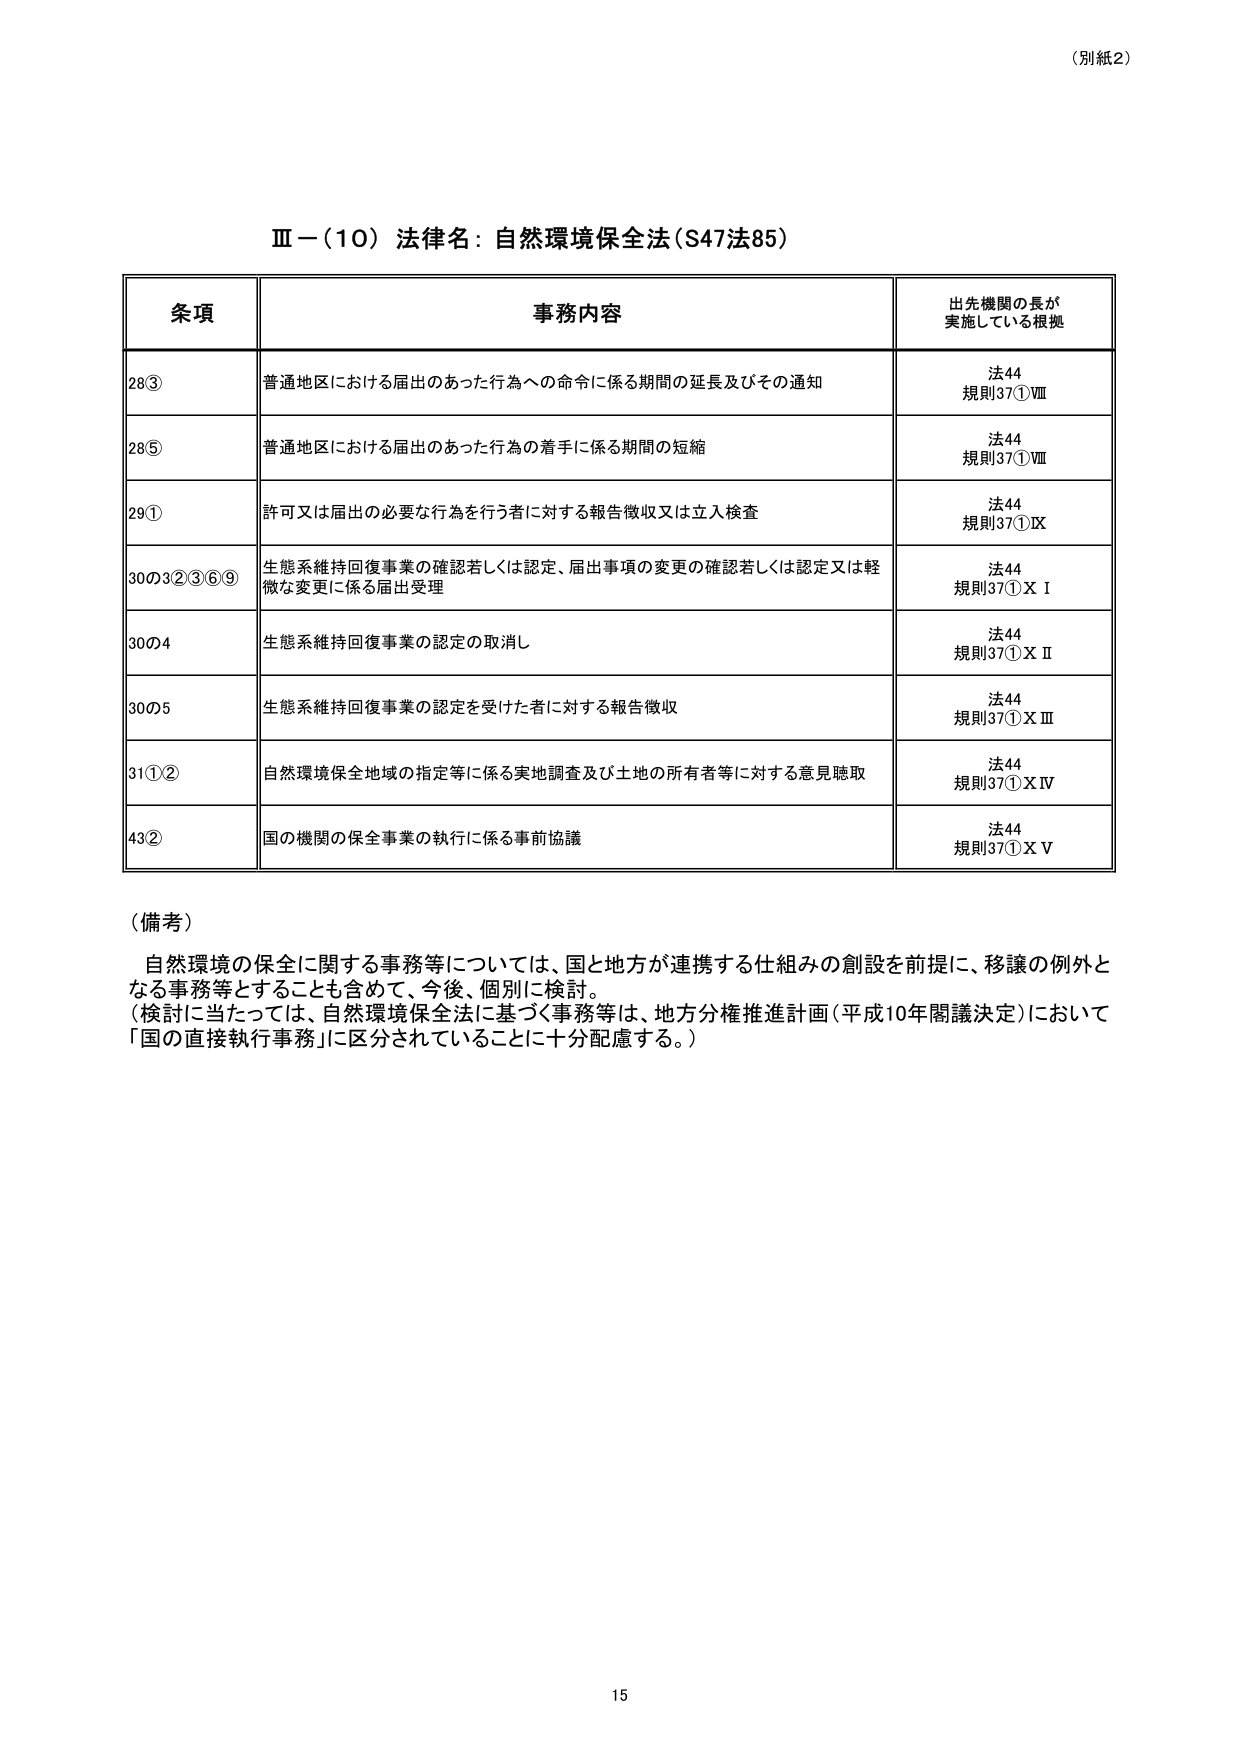
（別紙2）

Ⅲ－（10）法律名：自然環境保全法（S47法85）

条項  事務内容  出先機関の長が実施している根拠
28③  普通地区における届出のあった行為への命令に係る期間の延長及びその通知  法44 規則37①Ⅷ
28⑤  普通地区における届出のあった行為の着手に係る期間の短縮  法44 規則37①Ⅷ
29①  許可又は届出の必要な行為を行う者に対する報告徴収又は立入検査  法44 規則37①Ⅸ
30の3②③⑥⑨  生態系維持回復事業の確認若しくは認定、届出事項の変更の確認若しくは認定又は軽微な変更に係る届出受理  法44 規則37①X I
30の4  生態系維持回復事業の認定の取消し  法44 規則37①X II
30の5  生態系維持回復事業の認定を受けた者に対する報告徴収  法44 規則37①X III
31①②  自然環境保全地域の指定等に係る実地調査及び土地の所有者等に対する意見聴取  法44 規則37①X IV
43②  国の機関の保全事業の執行に係る事前協議  法44 規則37①X V

（備考）
自然環境の保全に関する事務等については、国と地方が連携する仕組みの創設を前提に、移譲の例外となる事務等とすることも含めて、今後、個別に検討。
（検討に当たっては、自然環境保全法に基づく事務等は、地方分権推進計画（平成10年閣議決定）において「国の直接執行事務」に区分されていることに十分配慮する。）

15